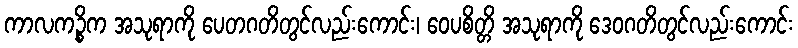
ကာလကဉ္စိက အသုရာကို ပေတဂတိတွင်လည်းကောင်း၊ ဝေပစိတ္တိ အသုရာကို ဒေဝဂတိတွင်လည်းကောင်း